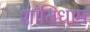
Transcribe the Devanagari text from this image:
शांतिधाम